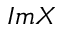
I m X